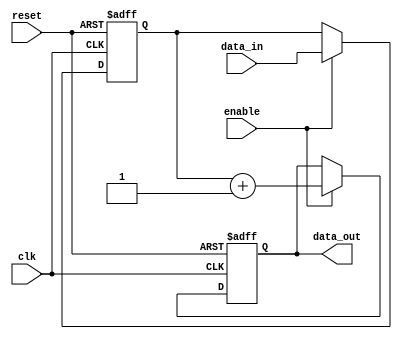
module falling_edge_triggered (
    input wire clk,         // Clock input
    input wire reset,       // Asynchronous reset input
    input wire enable,      // Enable signal for operations
    input wire [3:0] data_in, // Input data
    output reg [3:0] data_out // Output data
);

    // State variable
    reg [3:0] state;

    // Always block sensitive to the negative edge of the clock
    always @(negedge clk or posedge reset) begin
        if (reset) begin
            // Reset the state and output
            state <= 4'b0000;
            data_out <= 4'b0000;
        end else if (enable) begin
            // Execute operations on falling edge of the clock
            // Example state update or logic
            state <= data_in; // Update state with new input data
            // Add additional logic as needed
            data_out <= state + 1; // Increment output based on the state
        end
    end

endmodule